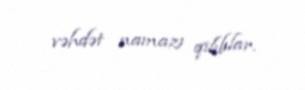
vəhdət namazı qılıblar.